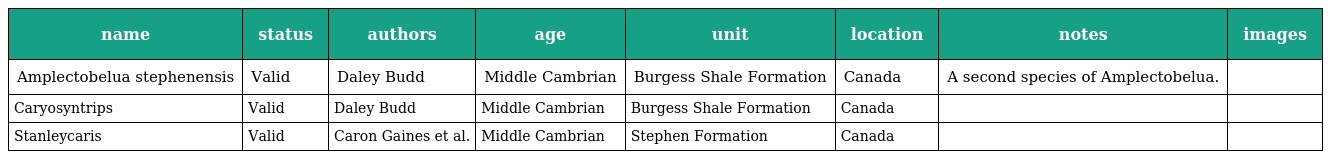
| name | status | authors | age | unit | location | notes | images |
 | --- | --- | --- | --- | --- | --- | --- | --- |
 | Amplectobelua stephenensis | Valid | Daley Budd | Middle Cambrian | Burgess Shale Formation | Canada | A second species of Amplectobelua. |  |
 | Caryosyntrips | Valid | Daley Budd | Middle Cambrian | Burgess Shale Formation | Canada |  |  |
 | Stanleycaris | Valid | Caron Gaines et al. | Middle Cambrian | Stephen Formation | Canada |  |  |